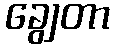
ချွေတာ